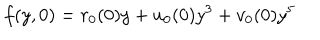
LaTeX: f ( y , 0 ) = r _ { 0 } ( 0 ) y + u _ { 0 } ( 0 ) y ^ { 3 } + v _ { 0 } ( 0 ) y ^ { 5 }